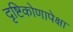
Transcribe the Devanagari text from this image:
दृष्टिकोणापेक्षा